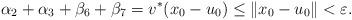
LaTeX: \begin{align*}\alpha _2 + \alpha _3 + \beta _6 + \beta _7 = v^* (x_0- u_0) \le \Vert x_0 -u_0 \Vert < \varepsilon .\end{align*}